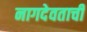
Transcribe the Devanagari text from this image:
नागदेवताची